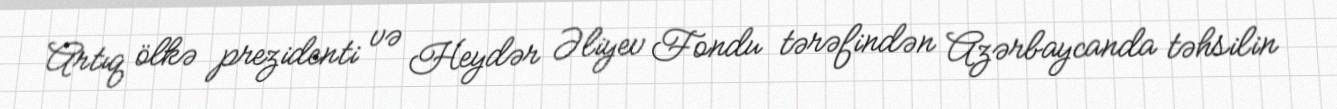
Artıq ölkə prezidenti və Heydər Əliyev Fondu tərəfindən Azərbaycanda təhsilin